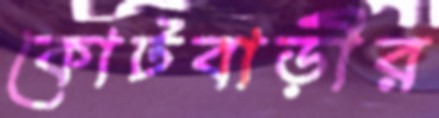
কোটবাড়ীর